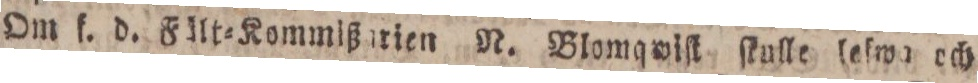
Om f. d. Fält=Kommißarien N. Blomqwiſt ſtulle lefwa och